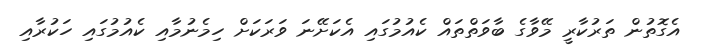
އެގޮތުން ތަރުކާރީ މޭވާގެ ބާވަތްތައް ކެއުމުގައި އެކަށޭނަ ވަރަކަށް ހިމެނުމާއި ކެއުމުގައި ހަކުރާއި